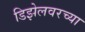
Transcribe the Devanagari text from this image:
डिझेलवरच्या